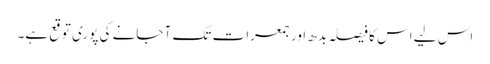
اس لیے اس کا فیصلہ بدھ اور جمعرات تک آ جانے کی پوری توقع ہے۔